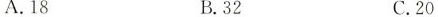
A.18 B.32 C.20